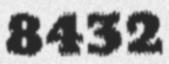
8432